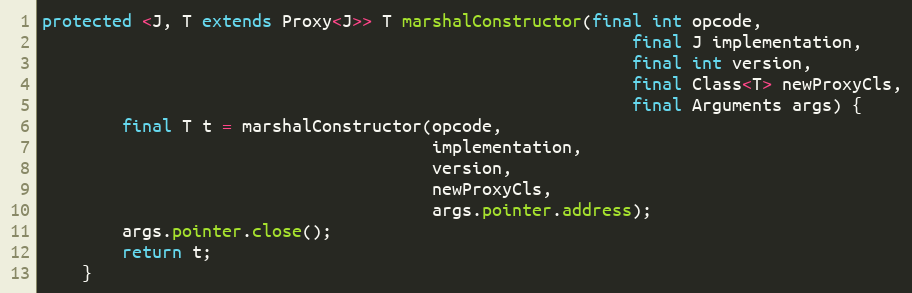
Language: Java
protected <J, T extends Proxy<J>> T marshalConstructor(final int opcode,
                                                           final J implementation,
                                                           final int version,
                                                           final Class<T> newProxyCls,
                                                           final Arguments args) {
        final T t = marshalConstructor(opcode,
                                       implementation,
                                       version,
                                       newProxyCls,
                                       args.pointer.address);
        args.pointer.close();
        return t;
    }